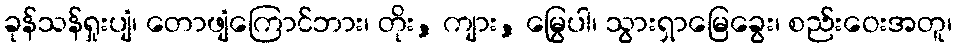
ခုန်သန်ရှုးပျံ၊ တောဖျံကြောင်ဘား၊ တိုး, ကျား, မြွေပါ၊ သွားရှာမြေခွေး၊ စည်းဝေးအတူ၊